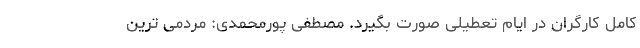
کامل کارگران در ایام تعطیلی صورت بگیرد. مصطفی پورمحمدی: مردمی ترین